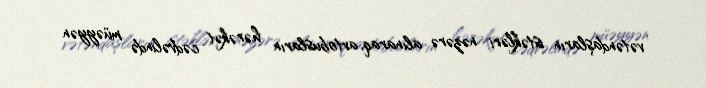
vətəndaşların istəkləri nəzərə alınaraq, avtobusların hərəkət cədvəlində müəyyən